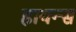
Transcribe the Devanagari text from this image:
हायन्स